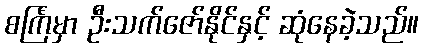
စင်္ကြံမှာ ဦးသက်ဇော်နိုင်နှင့် ဆုံနေခဲ့သည်။